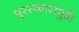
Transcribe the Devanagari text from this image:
पुरस्कारांमुळे